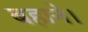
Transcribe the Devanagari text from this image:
बहाने।